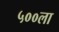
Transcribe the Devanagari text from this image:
५००ला